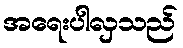
အရေးပါလှသည်